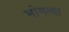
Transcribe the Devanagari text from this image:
भोगल्या